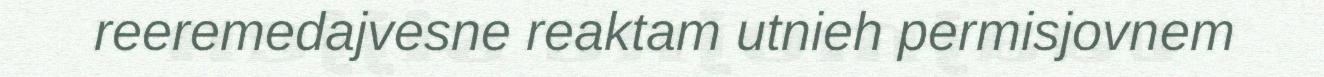
reeremedajvesne reaktam utnieh permisjovnem